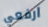
ارفعي